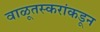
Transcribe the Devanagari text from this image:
वाळूतस्करांकडून